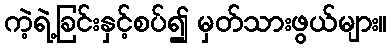
ကဲ့ရဲ့ခြင်းနှင့်စပ်၍ မှတ်သားဖွယ်များ။